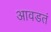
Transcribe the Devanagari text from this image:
आवडतं